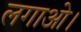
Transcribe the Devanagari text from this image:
लगाओ।